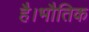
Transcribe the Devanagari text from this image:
है।भौतिक